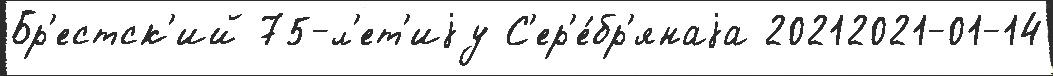
Бр'естск'ий 75-л'ет'иjу С'ер'е́бр'янаjа 20212021-01-14